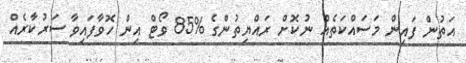
އަތުން ފައިން މަސައްކަތެއް ނުކޮށް ރައްޔިތުންގެ %85 ވޯޓް އިން ހޮވާފައިވާ ސަރުކާރެއް